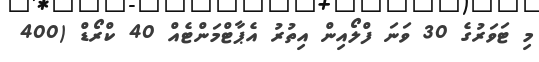
މި ޓަވަރުގެ 30 ވަނަ ފްލޯއިން އިތުރު އެޕާޓްމަންޓެއް 40 ކްރޯޑް (400